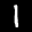
Label: 1